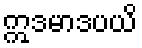
ဣဒမာဒပယိ